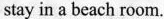
stay in a beach room.